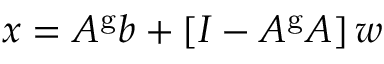
x = A ^ { \mathrm { g } } b + \left[ I - A ^ { \mathrm { g } } A \right] w